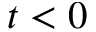
t < 0